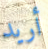
أريد